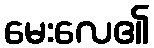
မေးလေ၏